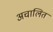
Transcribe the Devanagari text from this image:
अचालित